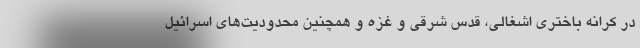
در کرانه باختری اشغالی، قدس شرقی و غزه و همچنین محدودیت‌های اسرائيل